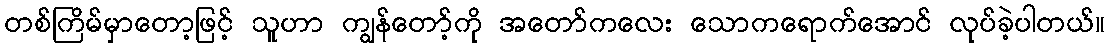
တစ်ကြိမ်မှာတော့ဖြင့် သူဟာ ကျွန်တော့်ကို အတော်ကလေး သောကရောက်အောင် လုပ်ခဲ့ပါတယ်။